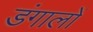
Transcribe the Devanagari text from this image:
डंगालों